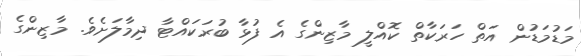
މަޑުމަޑުން އަތް ހަރަކާތް ކޮއްލީ މާޒިންގެ އެ ފުޅާ ބުރަކައްޓާ ދިމާލަށެވެ. މާޒިންގެ